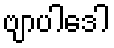
ဗျာပါဒေါ